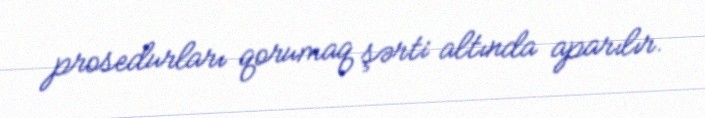
prosedurları qorumaq şərti altında aparılır.